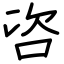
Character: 咨